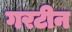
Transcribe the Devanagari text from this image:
गरटीन